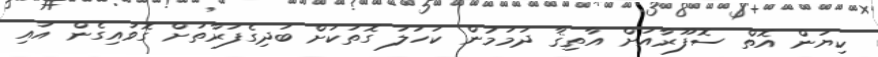
ކިޔަން އޮތް ސޮފޫރާއަށް އާތިޤާ ދަމަމުން ކަހަލަ ގޮތަކަށް ބަދިގެފަރާތަށް ގޮވައިގެން އައި